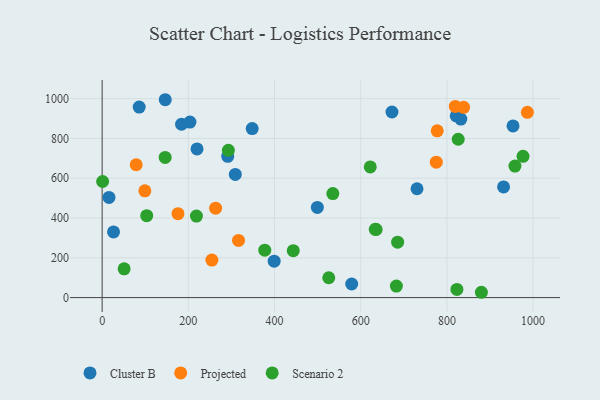
{"axis": {"x": "Experience", "y": "Demand"}, "legend": ["Cluster B", "Projected", "Scenario 2"], "data": [{"x": "146.4", "y": 994.5, "type": "Cluster B"}, {"x": "953.5", "y": 862.6, "type": "Cluster B"}, {"x": "730.7", "y": 547.1, "type": "Cluster B"}, {"x": "348.2", "y": 849.4, "type": "Cluster B"}, {"x": "821.7", "y": 913.7, "type": "Cluster B"}, {"x": "832.4", "y": 897.1, "type": "Cluster B"}, {"x": "220.2", "y": 747.1, "type": "Cluster B"}, {"x": "184.2", "y": 871.3, "type": "Cluster B"}, {"x": "579.1", "y": 68.4, "type": "Cluster B"}, {"x": "672.6", "y": 932.7, "type": "Cluster B"}, {"x": "203.7", "y": 882.0, "type": "Cluster B"}, {"x": "931.5", "y": 556.2, "type": "Cluster B"}, {"x": "499.4", "y": 453.2, "type": "Cluster B"}, {"x": "15.9", "y": 503.5, "type": "Cluster B"}, {"x": "291.4", "y": 710.0, "type": "Cluster B"}, {"x": "86.0", "y": 957.6, "type": "Cluster B"}, {"x": "399.2", "y": 182.9, "type": "Cluster B"}, {"x": "26.4", "y": 329.9, "type": "Cluster B"}, {"x": "309.0", "y": 619.0, "type": "Cluster B"}, {"x": "176.0", "y": 421.6, "type": "Projected"}, {"x": "819.5", "y": 960.9, "type": "Projected"}, {"x": "838.8", "y": 956.1, "type": "Projected"}, {"x": "775.4", "y": 680.7, "type": "Projected"}, {"x": "316.5", "y": 287.1, "type": "Projected"}, {"x": "254.6", "y": 188.6, "type": "Projected"}, {"x": "99.1", "y": 536.5, "type": "Projected"}, {"x": "79.0", "y": 667.7, "type": "Projected"}, {"x": "777.6", "y": 838.2, "type": "Projected"}, {"x": "263.3", "y": 449.3, "type": "Projected"}, {"x": "986.8", "y": 931.2, "type": "Projected"}, {"x": "622.2", "y": 656.7, "type": "Scenario 2"}, {"x": "682.8", "y": 57.9, "type": "Scenario 2"}, {"x": "880.1", "y": 26.7, "type": "Scenario 2"}, {"x": "635.9", "y": 342.3, "type": "Scenario 2"}, {"x": "51.0", "y": 144.5, "type": "Scenario 2"}, {"x": "958.0", "y": 660.8, "type": "Scenario 2"}, {"x": "823.3", "y": 41.2, "type": "Scenario 2"}, {"x": "525.9", "y": 99.6, "type": "Scenario 2"}, {"x": "685.7", "y": 278.4, "type": "Scenario 2"}, {"x": "377.4", "y": 238.3, "type": "Scenario 2"}, {"x": "218.8", "y": 409.6, "type": "Scenario 2"}, {"x": "1.1", "y": 583.5, "type": "Scenario 2"}, {"x": "826.3", "y": 795.8, "type": "Scenario 2"}, {"x": "292.9", "y": 740.2, "type": "Scenario 2"}, {"x": "443.5", "y": 235.8, "type": "Scenario 2"}, {"x": "976.7", "y": 710.2, "type": "Scenario 2"}, {"x": "146.2", "y": 704.6, "type": "Scenario 2"}, {"x": "103.4", "y": 411.7, "type": "Scenario 2"}, {"x": "535.3", "y": 522.7, "type": "Scenario 2"}, {"x": "633.8", "y": 343.3, "type": "Scenario 2"}]}